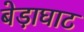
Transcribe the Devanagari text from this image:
बेड़ाघाट